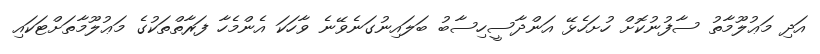
އަދި މަޢުލޫމާތު ސާފުނުކޮށް ހުށަހެޅޭ އަންދާސީހިސާބު ބަލައިނުގަނެވޭނެ ވާހަކަ އެންމެހާ ފަރާތްތަކުގެ މަޢުލޫމާތަށްޓަކައި